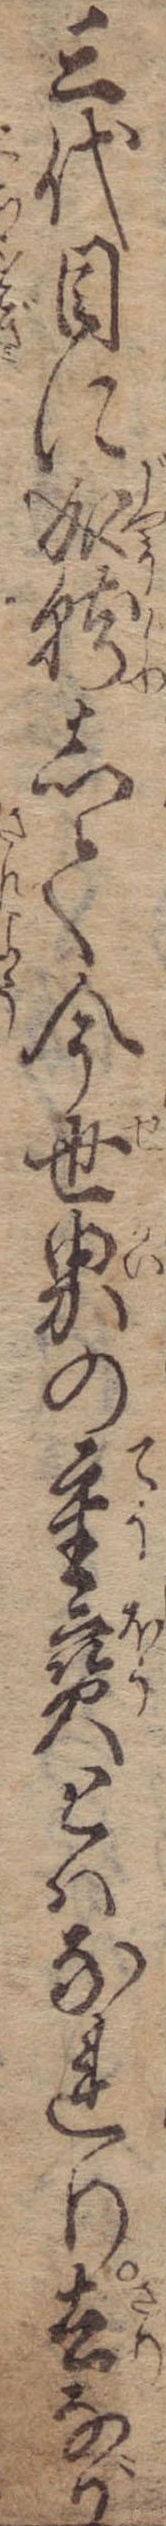
三代目に成就して今世界の重宝とはなれり去なが